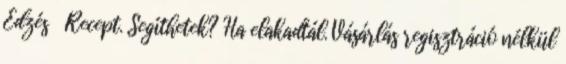
Edzés Recept. Segíthetek? Ha elakadtál. Vásárlás regisztráció nélkül